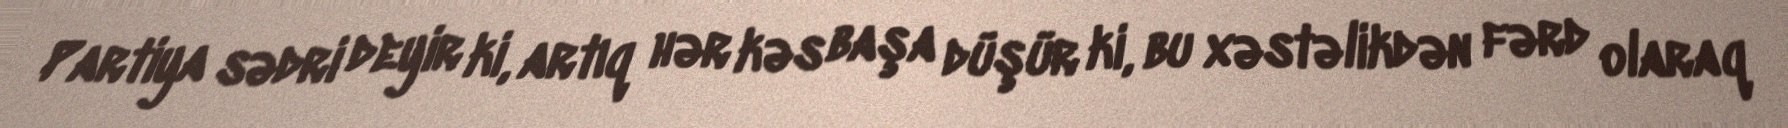
Partiya sədri deyir ki, artıq hər kəs başa düşür ki, bu xəstəlikdən fərd olaraq